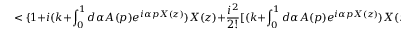
< \{ 1 + i ( k + \int _ { 0 } ^ { 1 } d \alpha A ( p ) e ^ { i \alpha p X ( z ) } ) X ( z ) + \frac { i ^ { 2 } } { 2 ! } [ ( k + \int _ { 0 } ^ { 1 } d \alpha A ( p ) e ^ { i \alpha p X ( z ) } ) X ( z ) ] ^ { 2 } \}